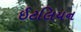
ઈટલિયન